Indian journal of veterinary science and animal husbandry - Volume 6,
Year: 1936
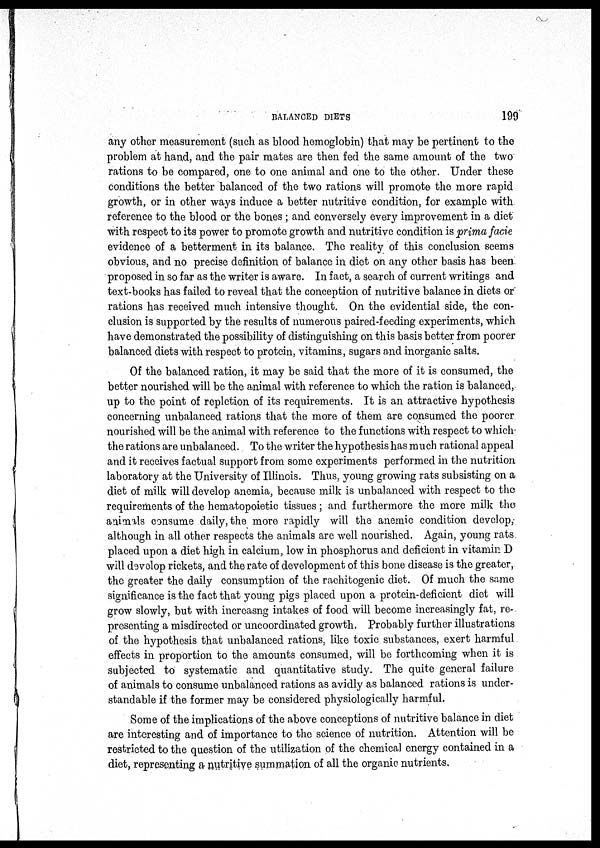
BALANCED DIETS
199
any other measurement (such as blood hemoglobin) that may be pertinent to the
problem at hand, and the pair mates are then fed the same amount of the two
rations to be compared, one to one animal and one to the other. Under these
conditions the better balanced of the two rations will promote the more rapid
growth, or in other ways induce a better nutritive condition, for example with
reference to the blood or the bones ; and conversely every improvement in a diet
with respect to its power to promote growth and nutritive condition is prima facie
evidence of a betterment in its balance. The reality of this conclusion seems
obvious, and no precise definition of balance in diet on any other basis has been
proposed in so far as the writer is aware. In fact, a search of current writings and
text-books has failed to reveal that the conception of nutritive balance in diets or
rations has received much intensive thought. On the evidential side, the con-
clusion is supported by the results of numerous paired-feeding experiments, which
have demonstrated the possibility of distinguishing on this basis better from poorer
balanced diets with respect to protein, vitamins, sugars and inorganic salts.
Of the balanced ration, it may be said that the more of it is consumed, the
better nourished will be the animal with reference to which the ration is balanced,
up to the point of repletion of its requirements. It is an attractive hypothesis
concerning unbalanced rations that the more of them are consumed the poorer
nourished will be the animal with reference to the functions with respect to which
the rations are unbalanced. To the writer the hypothesis has much rational appeal
and it receives factual support from some experiments performed in the nutrition
laboratory at the University of Illinois. Thus, young growing rats subsisting on a
diet of milk will develop anemia, because milk is unbalanced with respect to the
requirements of the hematopoietic tissues; and furthermore the more milk the
animals consume daily, the more rapidly will the anemic condition develop,
although in all other respects the animals are well nourished. Again, young rats
placed upon a diet high in calcium, low in phosphorus and deficient in vitamin D
will develop rickets, and the rate of development of this bone disease is the greater,
the greater the daily consumption of the rachitogenic diet. Of much the same
significance is the fact that young pigs placed upon a protein-deficient diet will
grow slowly, but with increasng intakes of food will become increasingly fat, re-
presenting a misdirected or uncoordinated growth. Probably further illustrations
of the hypothesis that unbalanced rations, like toxic substances, exert harmful
effects in proportion to the amounts consumed, will be forthcoming when it is
subjected, to systematic and quantitative study. The quite general failure
of animals to consume unbalanced rations as avidly as balanced rations is under-
standable if the former may be considered physiologically harmful.
Some of the implications of the above conceptions of nutritive balance in diet
are interesting and of importance to the science of nutrition. Attention will be
restricted to the question of the utilization of the chemical energy contained in a
diet, representing a nutritive summation of all the organic nutrients.